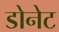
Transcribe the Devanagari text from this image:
डोनेट